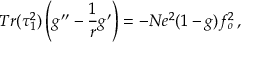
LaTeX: T r ( \tau _ { 1 } ^ { 2 } ) \left( g ^ { \prime \prime } - \frac { 1 } { r } g ^ { \prime } \right) = - N e ^ { 2 } ( 1 - g ) f _ { o } ^ { 2 } \, ,